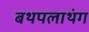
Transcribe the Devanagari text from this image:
बथपलाथंग